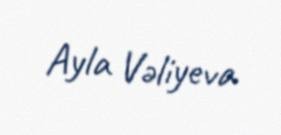
Ayla Vəliyeva